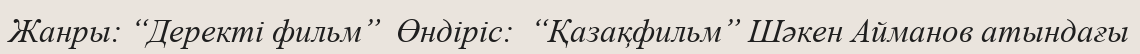
Жанры: “Деректі фильм”  Өндіріс:  “Қазақфильм” Шәкен Айманов атындағы